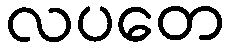
လပတေ